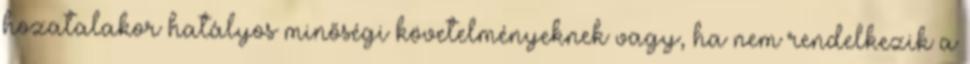
hozatalakor hatályos minőségi követelményeknek vagy, ha nem rendelkezik a